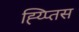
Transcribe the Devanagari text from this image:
ह्य्प्तिस